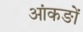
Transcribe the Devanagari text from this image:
आंकङों